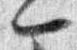
一